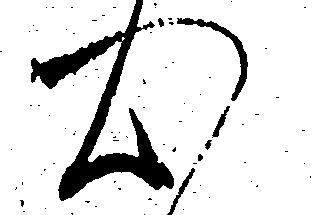
心